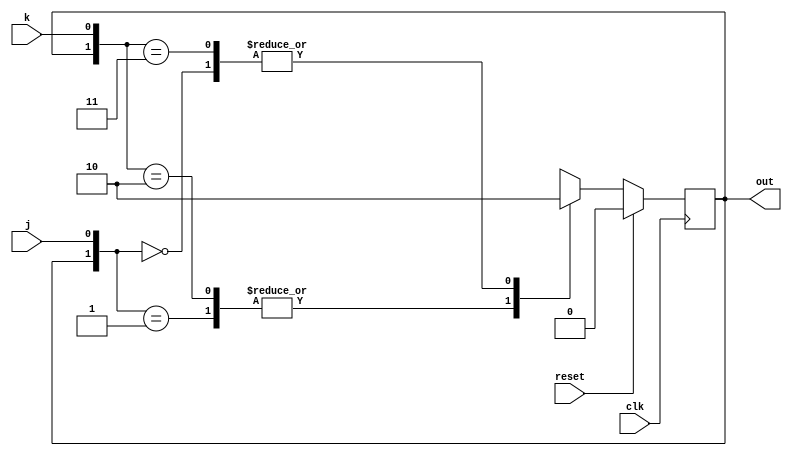
module top_module(
    input clk,
    input reset,
    input j,
    input k,
    output out); //  

    parameter OFF=0, ON=1; 
    reg state, next_state;

    always @(*) begin
        // State transition logic
        casex({state, j, k})
            3'b00?: next_state = 1'b0;
            3'b01?: next_state = 1'b1;
            3'b1?0: next_state = 1'b1;
            3'b1?1: next_state = 1'b0;
        endcase
    end

    always @(posedge clk) begin
        // State flip-flops with asynchronous reset
        if(reset) begin
            state <= 1'b0;
        end
        else begin
        	state <= next_state;
        end
    end

    // Output logic
    // assign out = (state == ...);
    assign out = (state == 1'b1);
endmodule